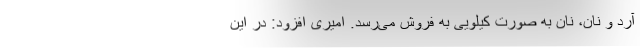
آرد و نان، نان به صورت کیلویی به فروش می‌رسد. امیری افزود: در این